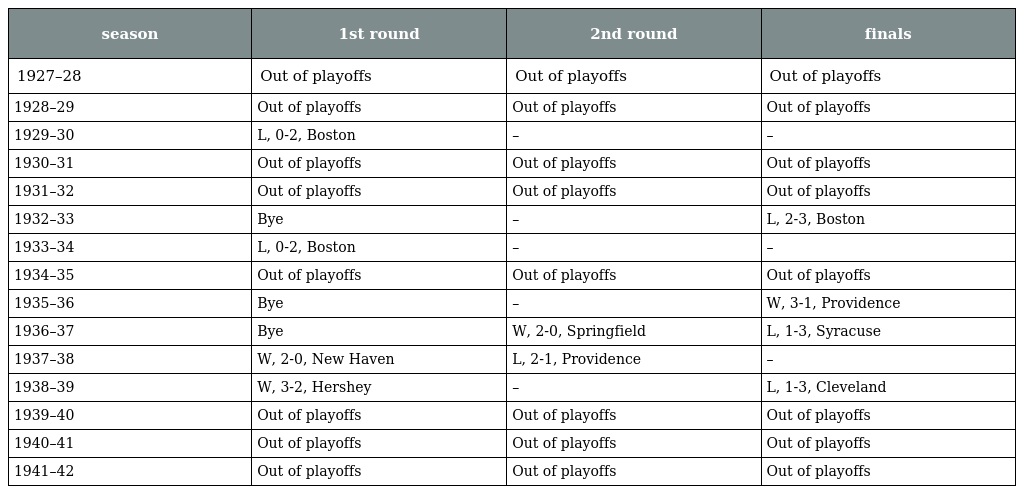
| season | 1st round | 2nd round | finals |
 | --- | --- | --- | --- |
 | 1927–28 | Out of playoffs | Out of playoffs | Out of playoffs |
 | 1928–29 | Out of playoffs | Out of playoffs | Out of playoffs |
 | 1929–30 | L, 0-2, Boston | – | – |
 | 1930–31 | Out of playoffs | Out of playoffs | Out of playoffs |
 | 1931–32 | Out of playoffs | Out of playoffs | Out of playoffs |
 | 1932–33 | Bye | – | L, 2-3, Boston |
 | 1933–34 | L, 0-2, Boston | – | – |
 | 1934–35 | Out of playoffs | Out of playoffs | Out of playoffs |
 | 1935–36 | Bye | – | W, 3-1, Providence |
 | 1936–37 | Bye | W, 2-0, Springfield | L, 1-3, Syracuse |
 | 1937–38 | W, 2-0, New Haven | L, 2-1, Providence | – |
 | 1938–39 | W, 3-2, Hershey | – | L, 1-3, Cleveland |
 | 1939–40 | Out of playoffs | Out of playoffs | Out of playoffs |
 | 1940–41 | Out of playoffs | Out of playoffs | Out of playoffs |
 | 1941–42 | Out of playoffs | Out of playoffs | Out of playoffs |